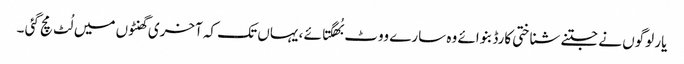
یار لوگوں نے جتنے شناختی کارڈ بنوائے وہ سارے ووٹ بُھگتائے ، یہاں تک کہ آخری گھنٹوں میں لُٹ مچ گئی ۔